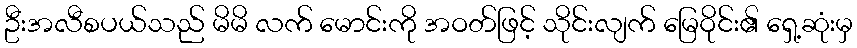
ဦးအလီစပယ်သည် မိမိ လက် မောင်းကို အဝတ်ဖြင့် သိုင်းလျက် မြေဝိုင်း၏ ရှေ့ဆုံးမှ